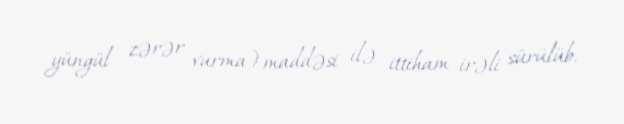
yüngül zərər vurma) maddəsi ilə ittiham irəli sürülüb.